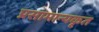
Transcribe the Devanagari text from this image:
प्रसामान्यकृत